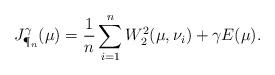
LaTeX: \begin{align*}J_{\P_n}^{\gamma}(\mu) = \frac{1}{n}\sum_{i=1}^n W_2^2(\mu,\nu_i)+\gamma E(\mu).\end{align*}